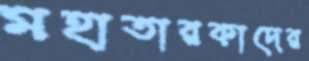
মহাতারকাদের